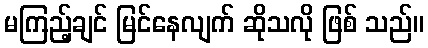
မကြည့်ချင် မြင်နေလျက် ဆိုသလို ဖြစ် သည်။